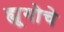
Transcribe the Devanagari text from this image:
ह्यूगोचे